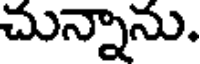
చున్నాను.